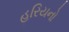
હરિયનો